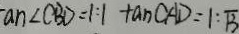
a n \angle C B D = 1 : 1 \tan C A D = 1 : \sqrt { 3 }